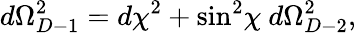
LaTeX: d\Omega_{D-1}^{2}=d\chi^{2}+\sin^{2}\! \chi~d\Omega_{D-2}^{2},